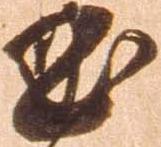
曲